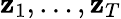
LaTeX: \textbf{z}_{1},\ldots,\textbf{z}_{T}